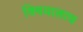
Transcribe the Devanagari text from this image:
विषयालाच